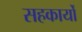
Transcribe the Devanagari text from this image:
सहकार्यों